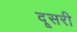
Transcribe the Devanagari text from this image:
दूसरी